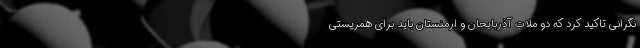
نگرانی تاکید کرد که دو ملات آذربایجان و ارمنستان باید برای همزیستی